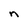
Character: n